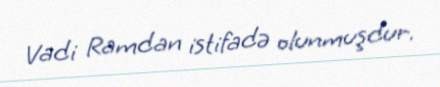
Vadi Ramdan istifadə olunmuşdur.